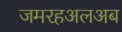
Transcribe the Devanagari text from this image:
जमरहअलअब